Civil Veterinary Dept. Bombay admin report 1914-1922 - 1914-1922
Year: 1914
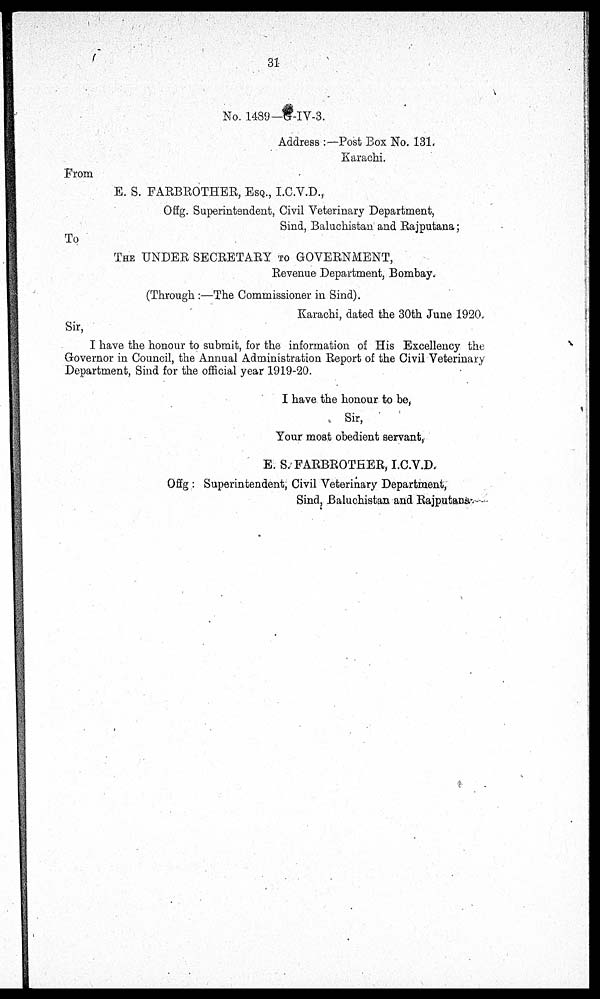
31
No. 1489—G-IV-3.
Address:— Post Box No. 131.
Karachi.
From
E. S. FARBROTHER, ESQ., I.C.V.D.,
Offg. Superintendent, Civil Veterinary Department,
Sind, Baluchistan and Rajputana;
To
THE UNDER SECRETARY TO GOVERNMENT,
Revenue Department, Bombay.
(Through:—The Commissioner in Sind).
Karachi, dated the 30th June 1920.
Sir,
I have the honour to submit, for the information of His Excellency the
Governor in Council, the Annual Administration Report of the Civil Veterinary
Department, Sind for the official year 1919-20.
I have the honour to be,
Sir,
Your most obedient servant,
E. S. FARBROTHER, I.C.V.D.
Offg: Superintendent, Civil Veterinary Department,
Sind, Baluchistan and Rajputana.